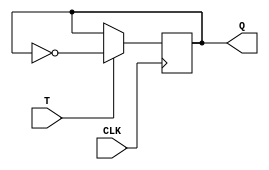
module t_ff (
    input wire T,
    input wire CLK,
    output reg Q
);

always @(posedge CLK) begin
    if (T) begin
        Q <= ~Q;
    end
end

endmodule